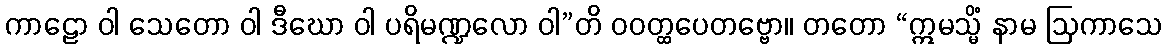
ကာဠော ဝါ သေတော ဝါ ဒီဃော ဝါ ပရိမဏ္ဍလော ဝါ”တိ ဝဝတ္ထပေတဗ္ဗော။ တတော “ဣမသ္မိံ နာမ ဩကာသေ